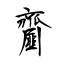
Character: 齏